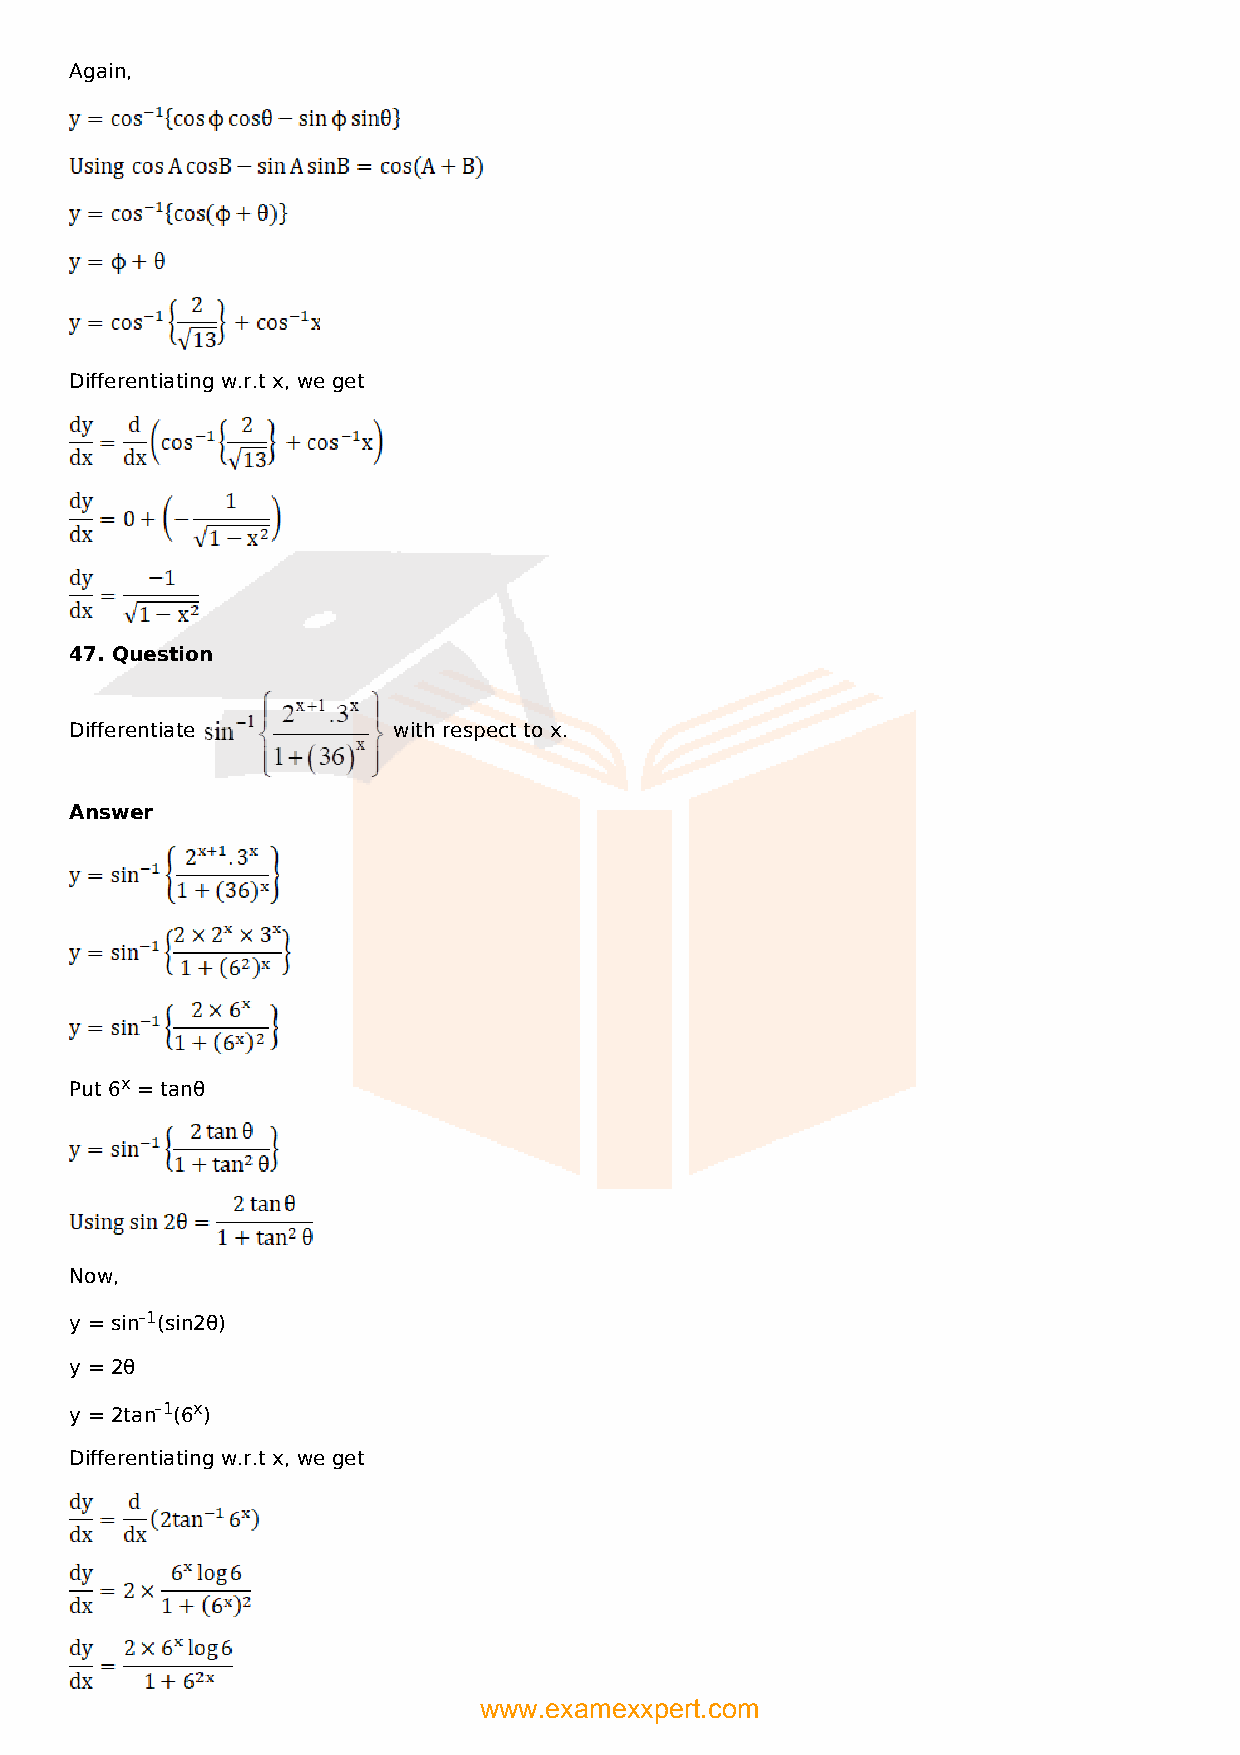
Again,
 Differentiating w.r.t x, we get
 47. Question
 Differentiate        with respect to x.
 Answer
 Put 6x = tanθ
 Now,
 y = sin–1(sin2θ)
 y = 2θ
 y = 2tan–1(6x)
 Differentiating w.r.t x, we get
 www.examexxpert.com